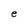
Character: t